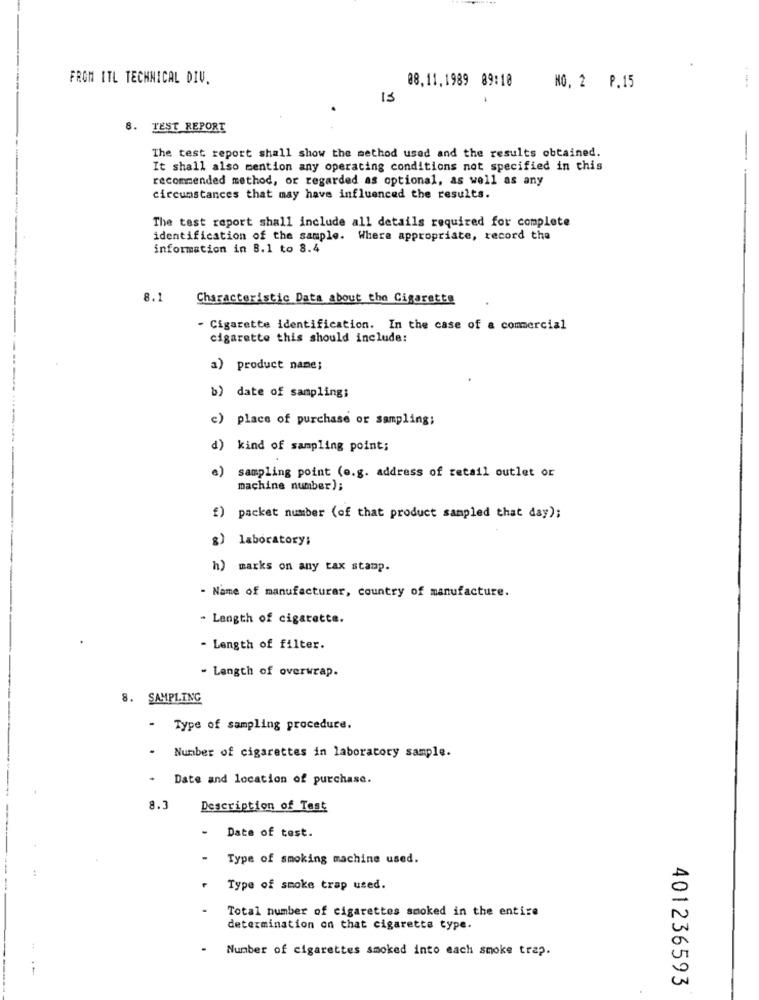
FROM ITL TECHNICAL DIV.
08.11.1989 89:10
NO. 2 P.15
8. TEST REPORT
The test report shall show the method used and the results obtained.
It shall also mention any operating conditions not specified in this
recommended method, or regarded as optional, as well as any
circumstances that may have influenced the results.
The test report shall include all details required for complete
identification of the sample. Where appropriate, record the
information in 8.1 to 8.4
8.1
Characteristic Data about the Cigarette
- Cigarette identification. In the case of a commercial
cigarette this should include:
a) product name;
b) date of sampling;
c) place of purchase or sampling;
d) kind of sampling point;
e)
sampling point (e.g. address of retail outlet or
machine number);
f) packet number (of that product sampled that day);
g) laboratory;
h) marks on any tax stamp.
- Name of manufacturar, country of manufacture.
- Length of cigarette.
- Length of filter.
- Length of overwrap.
8. SAMPLING
.
Type of sampling procedure.
Number of cigarettes in laboratory sample.
Date and location of purchase.
8.3
Description of Test
Date of test.
Type of smoking machine used.
Type of smoke trap used.
Total number of cigarettes smoked in the entire
v
determination on that cigarette type.
0
Number of cigarettes smoked into each smoke trap.
401236593